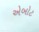
એબોટ